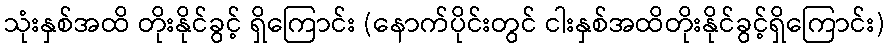
သုံးနှစ်အထိ တိုးနိုင်ခွင့် ရှိကြောင်း (နောက်ပိုင်းတွင် ငါးနှစ်အထိတိုးနိုင်ခွင့်ရှိကြောင်း)